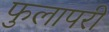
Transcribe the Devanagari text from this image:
फुलापरी